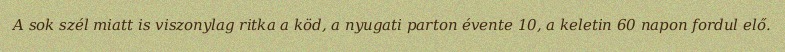
A sok szél miatt is viszonylag ritka a köd, a nyugati parton évente 10, a keletin 60 napon fordul elő.